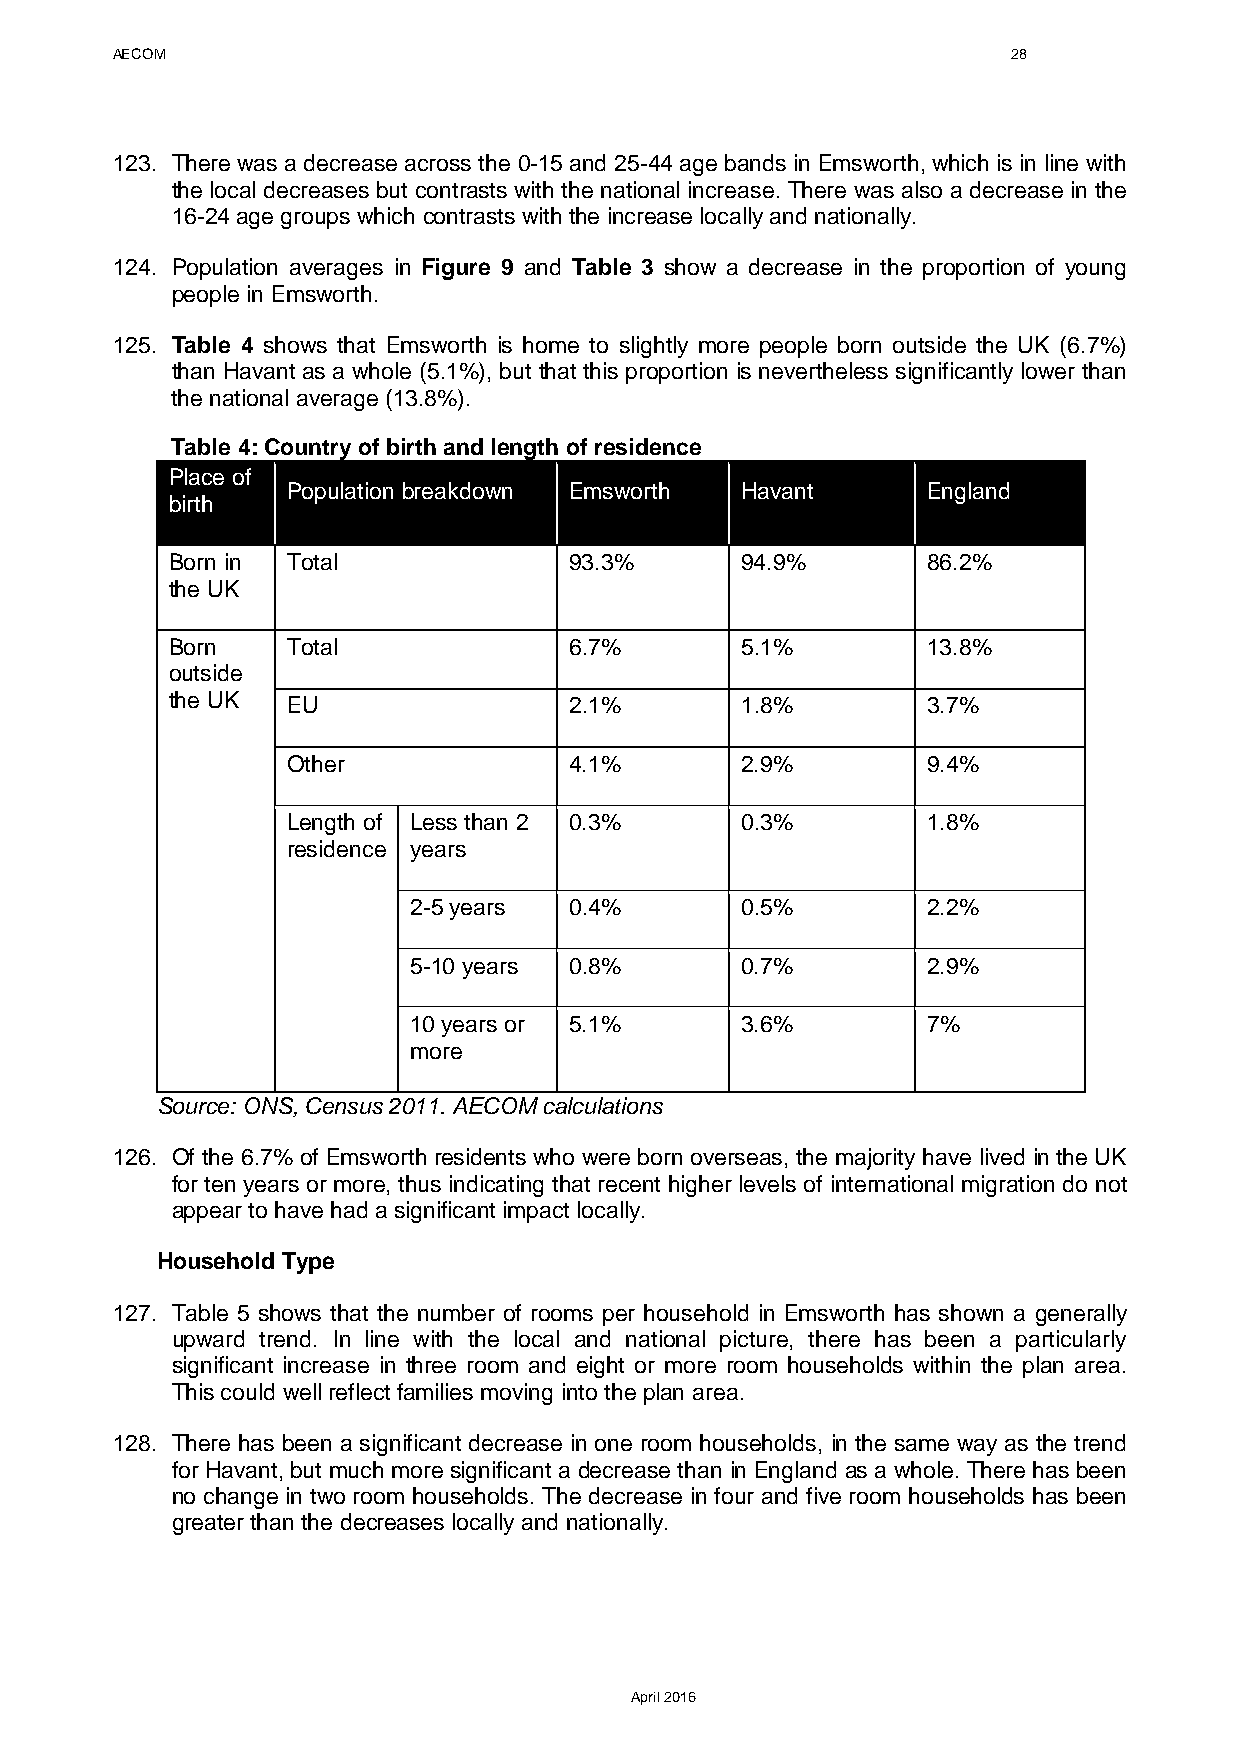
AECOM                                                       28
 123. There was a decrease across the 0-15 and 25-44 age bands in Emsworth, which is in line with
 the local decreases but contrasts with the national increase. There was also a decrease in the
 16-24 age groups which contrasts with the increase locally and nationally.
 124. Population averages in Figure 9 and Table 3 show a decrease in the proportion of young
 people in Emsworth.
 125. Table 4 shows that Emsworth is home to slightly more people born outside the UK (6.7%)
 than Havant as a whole (5.1%), but that this proportion is nevertheless significantly lower than
 the national average (13.8%).
 Table 4: Country of birth and length of residence
 Place of
 Population breakdown Emsworth Havant      England
 birth
 Born in Total              93.3%      94.9%       86.2%
 the UK
 Born    Total              6.7%       5.1%        13.8%
 outside
 the UK  EU                 2.1%       1.8%        3.7%
 Other              4.1%       2.9%        9.4%
 Length of Less than 2 0.3%    0.3%        1.8%
 residence years
 2-5 years  0.4%       0.5%        2.2%
 5-10 years 0.8%       0.7%        2.9%
 10 years or 5.1%      3.6%        7%
 more
 Source: ONS, Census 2011. AECOM calculations
 126. Of the 6.7% of Emsworth residents who were born overseas, the majority have lived in the UK
 for ten years or more, thus indicating that recent higher levels of international migration do not
 appear to have had a significant impact locally.
 Household Type
 127. Table 5 shows that the number of rooms per household in Emsworth has shown a generally
 upward trend. In line with the local and national picture, there has been a particularly
 significant increase in three room and eight or more room households within the plan area.
 This could well reflect families moving into the plan area.
 128. There has been a significant decrease in one room households, in the same way as the trend
 for Havant, but much more significant a decrease than in England as a whole. There has been
 no change in two room households. The decrease in four and five room households has been
 greater than the decreases locally and nationally.
 April 2016